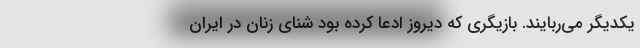
یکدیگر می‌ربایند. بازیگری که دیروز ادعا کرده بود شنای زنان در ایران